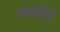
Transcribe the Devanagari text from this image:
सर्वांचं